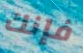
فإنك